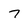
Character: 7